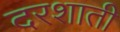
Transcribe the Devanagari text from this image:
दरशाती